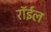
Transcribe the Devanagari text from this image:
रॉईल